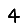
Digit: 4